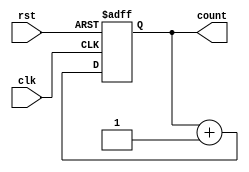
module counter #(parameter N=8)
    (input wire clk,
		input wire rst,
		output wire [N-1:0] count
		);
   //parameter N=8;
   reg [N-1:0] cnt;
	assign count = cnt;
	
   always @(posedge clk, negedge rst) begin
   if(~rst)
		cnt <= 0;
	else
		cnt <= cnt + 1'b1;
   end
endmodule